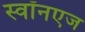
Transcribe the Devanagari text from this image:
स्वॉनएज